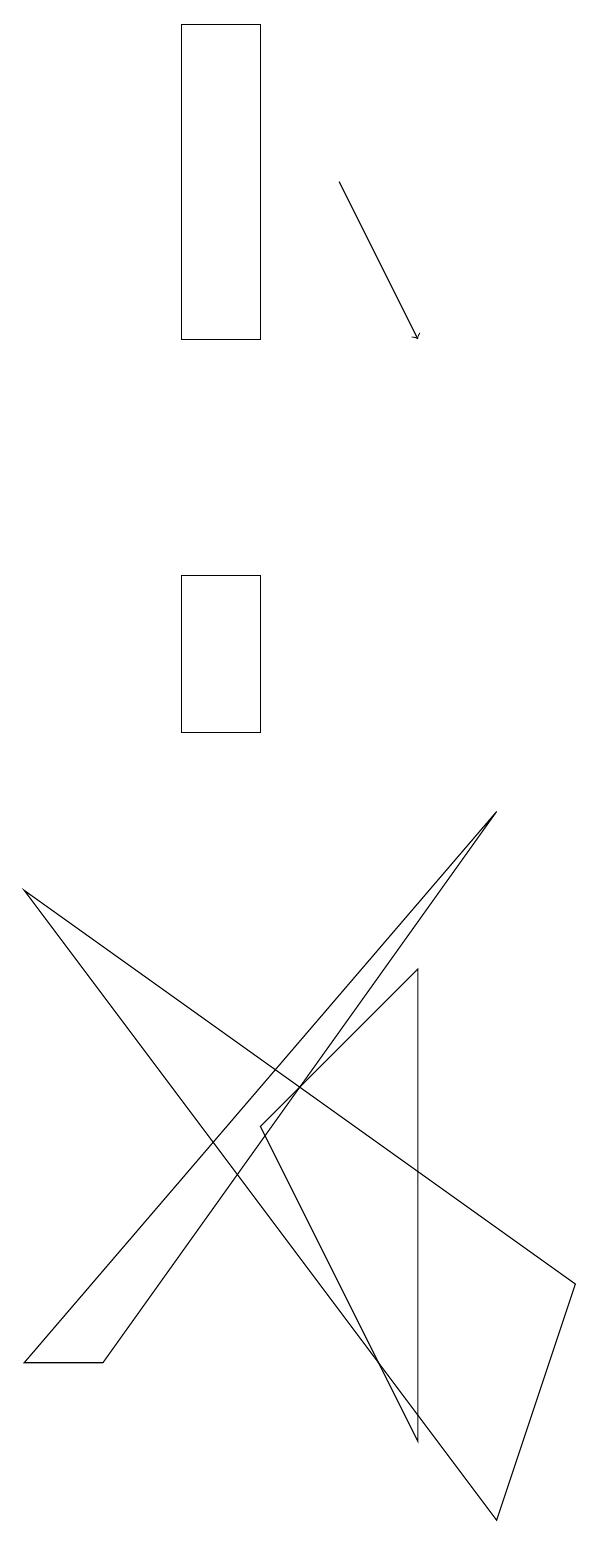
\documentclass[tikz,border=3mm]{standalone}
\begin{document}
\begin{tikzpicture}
\draw (8,0) -- (9,3) -- (2,8) -- cycle;
\draw (4,12) rectangle (5,10);
\draw (8,9) -- (3,2) -- (2,2) -- cycle;
\draw[->] (6,17) -- (7,15);
\draw (5,19) rectangle (4,15);
\draw (7,1) -- (7,7) -- (5,5) -- cycle;
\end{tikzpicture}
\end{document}